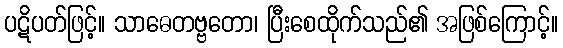
ပဋိပတ်ဖြင့်။ သာဓေတဗ္ဗတော၊ ပြီးစေထိုက်သည်၏ အဖြစ်ကြောင့်။